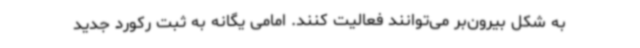
به شکل بیرون‌بر می‌توانند فعالیت کنند. امامی یگانه به ثبت رکورد جدید